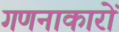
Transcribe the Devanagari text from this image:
गणनाकारों